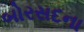
બોરસદના